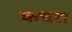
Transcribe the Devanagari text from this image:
कधरा